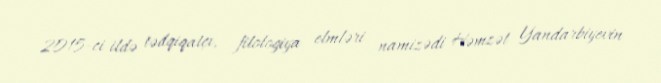
2015-ci ildə tədqiqatçı, filologiya elmləri namizədi Həmzət Yandarbiyevin